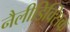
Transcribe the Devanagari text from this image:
नैलीडिक्सिक